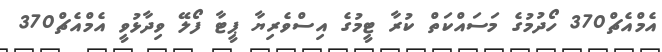
އެމްއެޗް370 ހޯދުމުގެ މަސައްކަތް ކުރާ ޓީމުގެ އިސްވެރިޔާ ޕީޓާ ފޯލޭ ވިދާޅުވީ އެމްއެޗް370